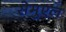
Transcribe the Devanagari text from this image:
सेमुएल